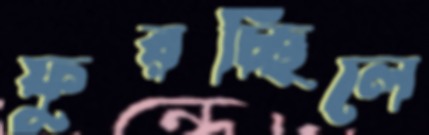
ফুরচ্ছিলে